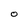
Character: O